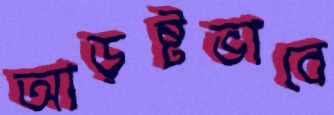
আড়ষ্টভাবে